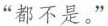
“都不是。”